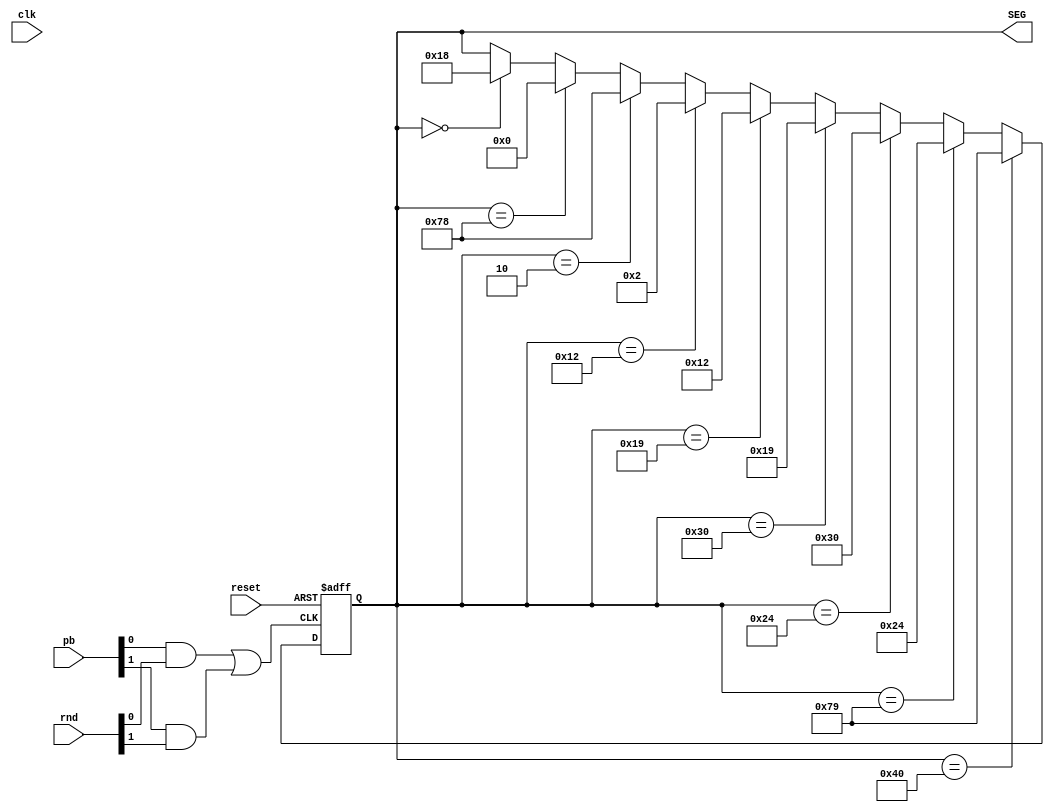
module score(
input [1:0]pb, 
input [7:0]rnd,
input reset,
input clk,
output [6:0] SEG);

reg [6:0] oneSEG;
wire one, two,three;

assign one = pb[0] & rnd[0];
assign two = pb[1] & rnd[1];
assign three = one | two;

initial begin
	oneSEG <= 7'b1000000;
	end
	


always @(posedge three or posedge reset)
	begin
			if (reset) begin
			oneSEG <= 7'b1000000;
			end
			else if (oneSEG == 7'b1000000) begin
			oneSEG <= 7'b1111001;//1
			end
			else if (oneSEG == 7'b1111001) begin
			oneSEG <= 7'b0100100;//2
			end
			else if (oneSEG == 7'b0100100) begin
			oneSEG <= 7'b0110000;//3
			end
			else if (oneSEG == 7'b0110000) begin
			oneSEG <= 7'b0011001;//4
			end
			else if (oneSEG == 7'b0011001) begin
			oneSEG <= 7'b0010010;//5
			end
			else if (oneSEG == 7'b0010010) begin
			oneSEG <= 7'b0000010;//6
			end
			else if (oneSEG == 7'b0000010) begin
			oneSEG <= 7'b1111000;//7
			end
			else if (oneSEG == 7'b1111000) begin
			oneSEG <= 7'b0000000;//8
			end
			else if (oneSEG == 7'b0000000) begin
			oneSEG <= 7'b0011000;//9
			end
			else begin
			oneSEG <= oneSEG;
			end
	end

assign SEG = oneSEG;

endmodule